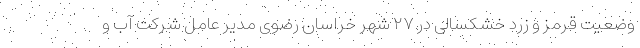
وضعیت قرمز و زرد خشکسالی در ۲۷ شهر خراسان رضوی مدیر عامل شرکت آب و